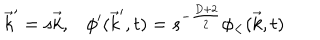
\vec { k } ^ { \prime } = s \vec { k } , \phi ^ { \prime } ( \vec { k } ^ { \prime } , t ) = s ^ { - \frac { D + 2 } { 2 } } \phi _ { < } ( \vec { k } , t )